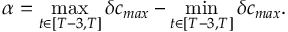
\alpha = \operatorname* { m a x } _ { t \in [ T - 3 , T ] } \delta c _ { m a x } - \operatorname* { m i n } _ { t \in [ T - 3 , T ] } \delta c _ { m a x } .